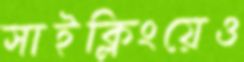
সাইক্লিংয়েও